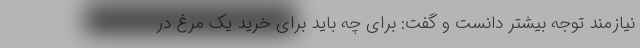
نیازمند توجه بیشتر دانست و گفت: برای چه باید برای خرید یک مرغ در